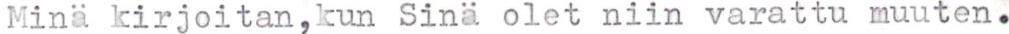
Minä kirjoitan,kun Sinä olet niin varattu muuten.